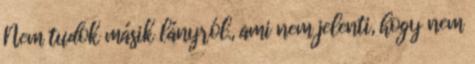
Nem tudok másik lányról., ami nem jelenti, hogy nem